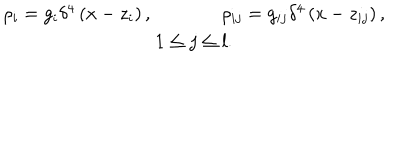
LaTeX: \begin{array} { c } { { \rho _ { i } = g _ { i } \delta ^ { 4 } \left( x - z _ { i } \right) , \, \, \, \, \, \, \, \, \, \, \, \, \, \, \, \, \, \, \, \, \, \, \rho _ { i j } = g _ { i j } \delta ^ { 4 } \left( x - z _ { i j } \right) , } } \\ { { 1 \leq j \leq l . } } \\ \end{array}